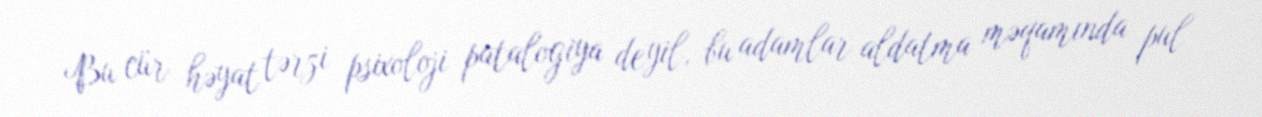
Bu cür həyat tərzi psixoloji patalogiya deyil, bu adamlar aldatma məqamında pul